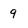
Character: 9